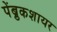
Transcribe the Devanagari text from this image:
पेंब्रुकशायर